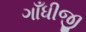
ગાઁધીજી